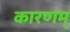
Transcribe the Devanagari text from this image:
कारणम्